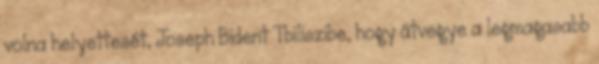
volna helyettesét, Joseph Bident Tbiliszibe, hogy átvegye a legmagasabb